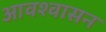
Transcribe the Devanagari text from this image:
आवश्‍वासन